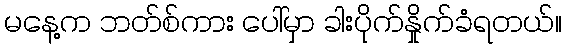
မနေ့က ဘတ်စ်ကား ပေါ်မှာ ခါးပိုက်နှိုက်ခံရတယ်။